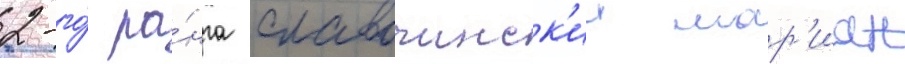
2-го́ ра́нга славочинск'ии мар'иан